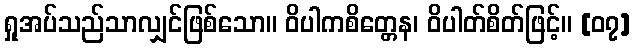
ရှုအပ်သည်သာလျှင်ဖြစ်သော။ ဝိပါကစိတ္တေန၊ ဝိပါတ်စိတ်ဖြင့်။ [၀၇]